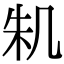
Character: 𠙎